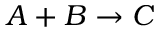
A + B \rightarrow C